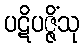
ပဋိပဇ္ဇိံသု